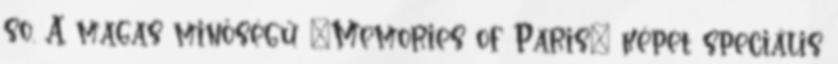
so. A magas minőségű "Memories of Paris" képet speciális